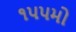
૧૫૫મો